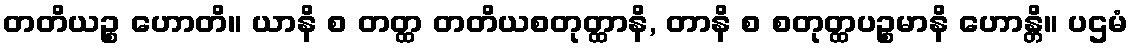
တတိယဉ္စ ဟောတိ။ ယာနိ စ တတ္ထ တတိယစတုတ္ထာနိ, တာနိ စ စတုတ္ထပဉ္စမာနိ ဟောန္တိ။ ပဌမံ